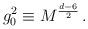
LaTeX: \begin{align*}g_0^2 \equiv M^{\frac{d-6}{2}} \, . \end{align*}